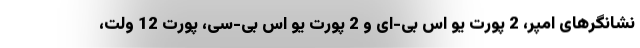
نشانگرهای امپر، 2 پورت یو اس بی-ای و 2 پورت یو اس بی-سی، پورت 12 ولت،